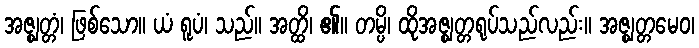
အဇ္ဈတ္တံ၊ ဖြစ်သော။ ယံ ရူပံ၊ သည်။ အတ္ထိ၊ ၏။ တမ္ပိ၊ ထိုအဇ္ဈတ္တရုပ်သည်လည်း။ အဇ္ဈတ္တမေဝ၊